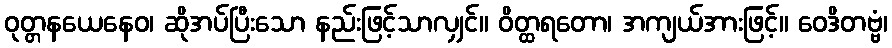
ဝုတ္တနယေနေဝ၊ ဆိုအပ်ပြီးသော နည်းဖြင့်သာလျှင်။ ဝိတ္ထရတော၊ အကျယ်အားဖြင့်။ ဝေဒိတဗ္ဗံ၊